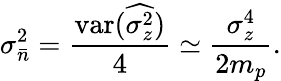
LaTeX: \sigma_{\bar{n}}^{2}=\frac{\mathrm{var}(\widehat{\sigma_{z}^{2}})}{4}\simeq\frac{\sigma_{z}^{4}}{2m_{p}}.